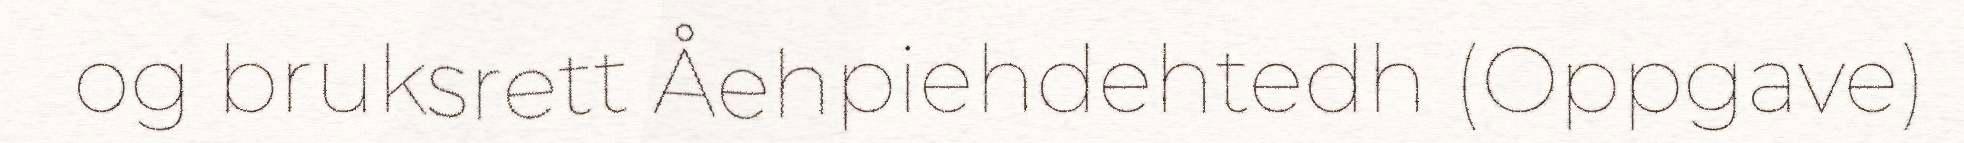
og bruksrett Åehpiehdehtedh (Oppgave)